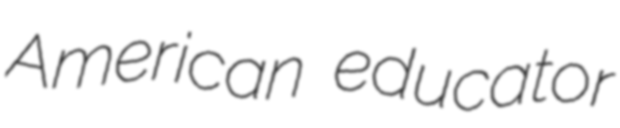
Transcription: American educator